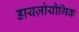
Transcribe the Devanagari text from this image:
डायज़ोयौगिक